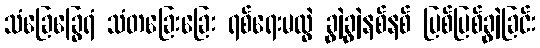
သံခြေခြွေရံ သံတခြေးခြေး ရစ်ရေးမလွဲ ချွဲချွဲနစ်နစ် ပြစ်ပြစ်ချွဲခြင်း